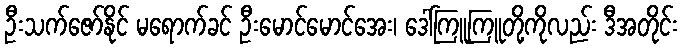
ဦးသက်ဇော်နိုင် မရောက်ခင် ဦးမောင်မောင်အေး၊ ဒေါ်ကြူကြူတို့ကိုလည်း ဒီအတိုင်း